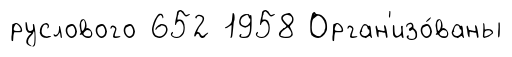
руслового 652 1958 Орган'изо́ваны